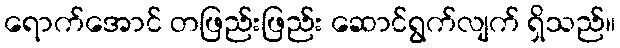
ရောက်အောင် တဖြည်းဖြည်း ဆောင်ရွက်လျက် ရှိသည်။